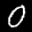
Label: 0